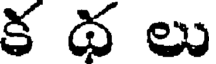
క థ లు